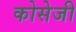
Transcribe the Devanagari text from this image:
कोसेजी